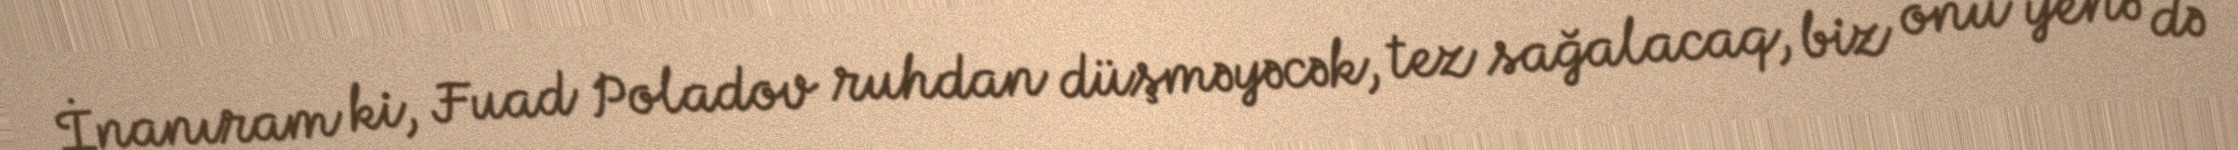
İnanıram ki, Fuad Poladov ruhdan düşməyəcək, tez sağalacaq, biz onu yenə də